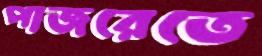
পাজরেতে